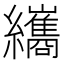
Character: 纗